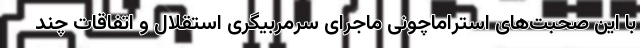
با این صحبت‌های استراماچونی ماجرای سرمربیگری استقلال و اتفاقات چند